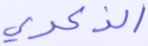
الذكرى